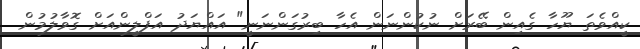
ކީއްވެތަ ޔޫހާ ގެއިން ބޭރަށް ނުކުންނަން އެހާ ބިރުގަންނަނީ" އައްޔަދު އަފްލީންއަށް ގޮވާލުމުން